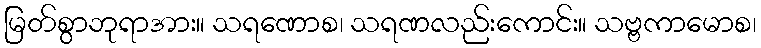
မြတ်စွာဘုရာအား။ သရဏောစ၊ သရဏလည်းကောင်း။ သဗ္ဗကာမောစ၊